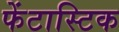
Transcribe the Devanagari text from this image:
फेंटास्टिक